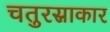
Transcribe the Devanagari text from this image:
चतुरस्राकार